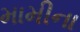
મામીના